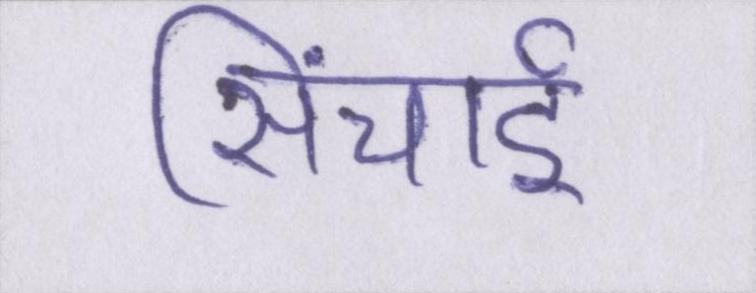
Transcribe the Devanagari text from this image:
सिंचाई